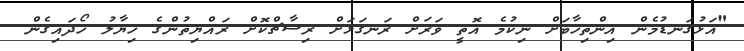
"އަޅުގަނޑުމެން އިންތިހާބަށް ނިކުމެ އޮތީ ވަރަށް ރަނގަޅަށް ރިސާޗްކޮށް ރައްޔިތުންގެ ހިޔާލު ހޯދައިގެން.